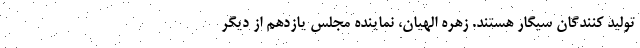
تولید کنندگان سیگار هستند. زهره الهیان، نماینده مجلس یازدهم از دیگر